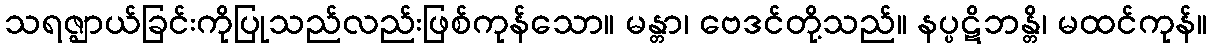
သရဇ္ဈာယ်ခြင်းကိုပြုသည်လည်းဖြစ်ကုန်သော။ မန္တာ၊ ဗေဒင်တို့သည်။ နပ္ပဋိဘန္တိ၊ မထင်ကုန်။